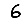
Digit: 6